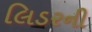
લિડરની